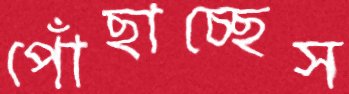
পোঁছাচ্ছেস